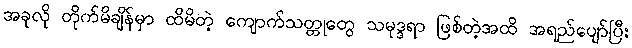
အခုလို တိုက်မိချိန်မှာ ထိမိတဲ့ ကျောက်သတ္တုတွေ သမုဒ္ဒရာ ဖြစ်တဲ့အထိ အရည်ပျော်ပြီး